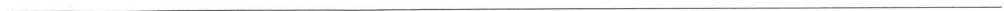
___